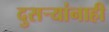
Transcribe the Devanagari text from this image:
दुसर्‍यांनाही